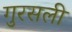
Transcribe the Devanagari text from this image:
गुरसली